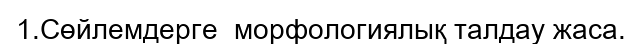
1.Сөйлемдерге  морфологиялық талдау жаса.